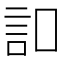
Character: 𧥣